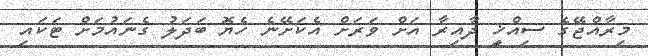
މިރާއްޖޭގެ ސިއްޚީ ދާއިރާ އަށް ވަރަށް އެކަށޭނެ ހެޔޮ ބަދަލު ގެނައުމަށް ޓަކައި